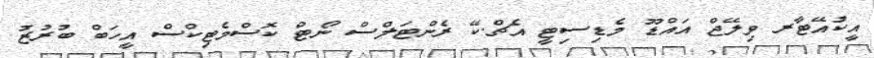
އީކުއޭޓާރ ވިލޭޖް އައްޑޫ މެޑިސިޓީ އެޗް.ކޭ ރެންޓަލްސް ނޯޓް ކޮސްމެޓިކްސް އީހަބް ބުރުޒު